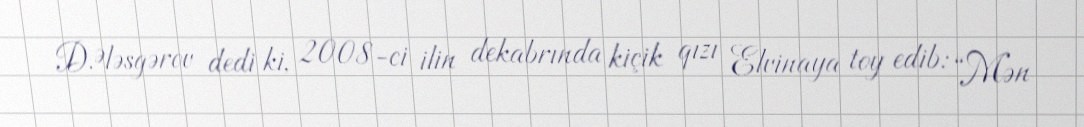
D.Ələsgərov dedi ki, 2008-ci ilin dekabrında kiçik qızı Elvinaya toy edib: “Mən